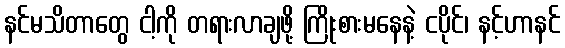
နင်မသိတာတွေ ငါ့ကို တရားလာချဖို့ ကြိုးစားမနေနဲ့ ငပိုင်၊ နင့်ဟာနင်